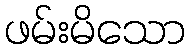
ဖမ်းမိသော